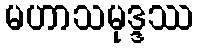
မဟာသမုဒ္ဒဿ